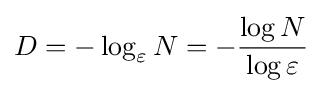
D=-\log _{\varepsilon }N=-{\frac {\log N}{\log \varepsilon }}